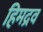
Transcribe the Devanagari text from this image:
हिमद्रव